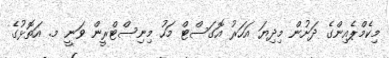
މިކެމްޕެއިންގެ ދަށުން މިދިޔަ އަހަރު އޮގަސްޓް މަހު މިނިސްޓްރީން ވަނީ މ. އަތޮޅުގެ